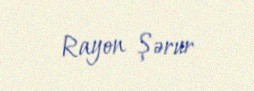
Rayon Şərur